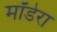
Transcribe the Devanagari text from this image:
मॉडेरा